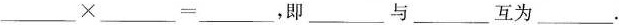
___\times___，即___与___互为___。